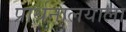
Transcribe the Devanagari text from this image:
प्रार्थनालयाला